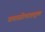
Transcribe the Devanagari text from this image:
प्रवासीवाहतूक